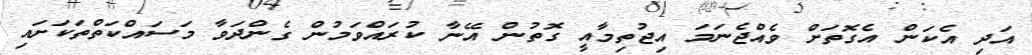
އަދި އެކަން އެގޮތަށް ވެއްޖެނަމަ އިޖުތިމާއީ ގޮތުން އޭނާ ކުރައްވަމުން ގެންދަވާ މަސައްކަތްތަކަށައި